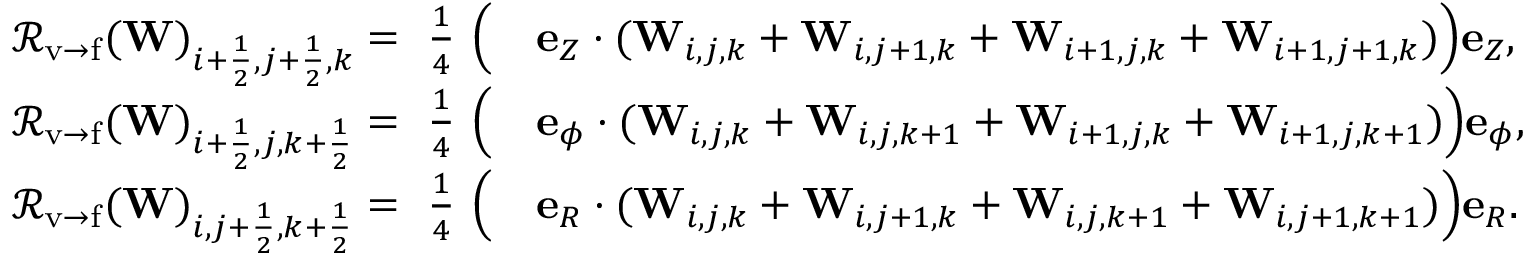
\begin{array} { r l } { { \mathcal { R } } _ { \mathrm { v \rightarrow f } } ( \mathbf { W } ) _ { i + \frac { 1 } { 2 } , j + \frac { 1 } { 2 } , k } = ~ \frac { 1 } { 4 } ~ { \Big ( } } & { \mathbf { e } _ { Z } \cdot ( \mathbf { W } _ { i , j , k } + \mathbf { W } _ { i , j + 1 , k } + \mathbf { W } _ { i + 1 , j , k } + \mathbf { W } _ { i + 1 , j + 1 , k } ) { \Big ) } \mathbf { e } _ { Z } , } \\ { { \mathcal { R } } _ { \mathrm { v \rightarrow f } } ( \mathbf { W } ) _ { i + \frac { 1 } { 2 } , j , k + \frac { 1 } { 2 } } = ~ \frac { 1 } { 4 } ~ { \Big ( } } & { \mathbf { e } _ { \phi } \cdot ( \mathbf { W } _ { i , j , k } + \mathbf { W } _ { i , j , k + 1 } + \mathbf { W } _ { i + 1 , j , k } + \mathbf { W } _ { i + 1 , j , k + 1 } ) { \Big ) } \mathbf { e } _ { \phi } , } \\ { { \mathcal { R } } _ { \mathrm { v \rightarrow f } } ( \mathbf { W } ) _ { i , j + \frac { 1 } { 2 } , k + \frac { 1 } { 2 } } = ~ \frac { 1 } { 4 } ~ { \Big ( } } & { \mathbf { e } _ { R } \cdot ( \mathbf { W } _ { i , j , k } + \mathbf { W } _ { i , j + 1 , k } + \mathbf { W } _ { i , j , k + 1 } + \mathbf { W } _ { i , j + 1 , k + 1 } ) { \Big ) } \mathbf { e } _ { R } . } \end{array}